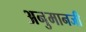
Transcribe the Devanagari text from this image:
अनुमानजी